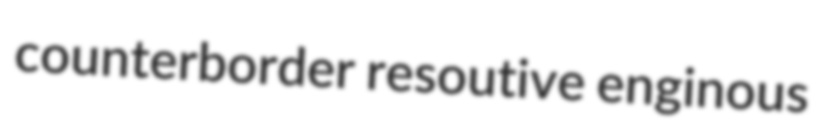
counterborder resoutive enginous